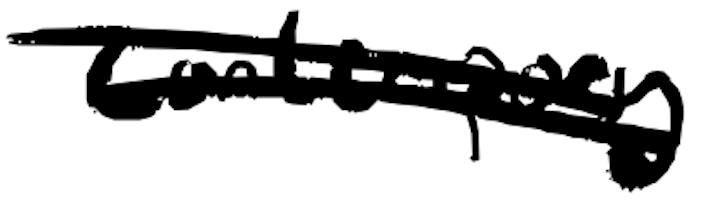
Text: contemporary
Cross-out: double-line
Writing tool: digital_black